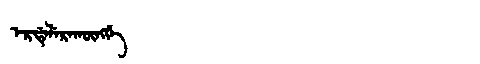
Manchu: ᡝᡵᡩᡝᠯᡝᡵᠠᡴᡡᠩᡤᡝ
Romanization: ERDELERAKŪNGGE